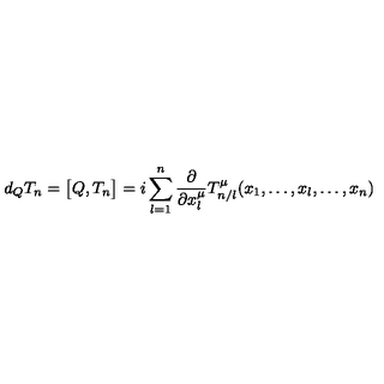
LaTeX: d _ { Q } T _ { n } = \bigl [ Q , T _ { n } \bigr ] = i \sum _ { l = 1 } ^ { n } \frac { \partial } { \partial x _ { l } ^ { \mu } } T _ { n / l } ^ { \mu } ( x _ { 1 } , \ldots , x _ { l } , \ldots , x _ { n } )